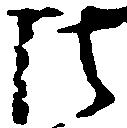
法